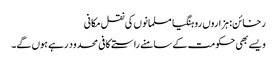
رخائن: ہزاروں روہنگیا مسلمانوں کی نقل مکانی
ویسے بھی حکومت کے سامنے راستے کافی محدود رہے ہوں گے۔